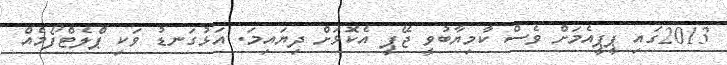
2013ގައި ޕީޕީއެމަށް ވެސް ކާމިޔާބުވީ ޖޭޕީ އެކޮޅަށް ދިޔައިމަ. އަޅުގަނޑު ވަކި ޕްލެޓްފޯމެއް